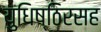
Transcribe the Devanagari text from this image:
युधिष्ठिरसह